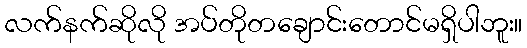
လက်နက်ဆိုလို အပ်တိုတချောင်းတောင်မရှိပါဘူး။